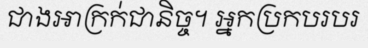
ជាងអាក្រក់ជានិច្ច។ អ្នកប្រកបរបរ